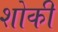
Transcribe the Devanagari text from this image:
शोकी